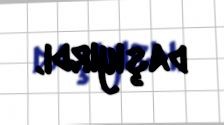
daşıyırdı.